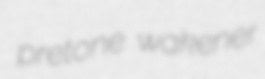
pretone wakener